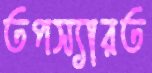
তপস্যারত